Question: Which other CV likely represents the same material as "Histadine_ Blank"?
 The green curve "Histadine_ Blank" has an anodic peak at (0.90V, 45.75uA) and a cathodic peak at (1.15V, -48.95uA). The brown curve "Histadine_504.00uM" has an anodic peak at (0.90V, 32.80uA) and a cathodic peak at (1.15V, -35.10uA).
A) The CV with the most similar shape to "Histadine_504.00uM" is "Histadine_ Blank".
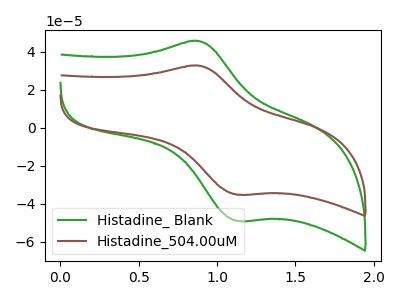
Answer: <think>All the peaks in "Histadine_ Blank" have a peak in "Histadine_504.00uM" at the same potential. Every peak in "Histadine_ Blank" is higher than every peak in "Histadine_504.00uM".
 </think>
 <answer>A) The CV with the most similar shape to "Histadine_504.00uM" is "Histadine_ Blank".</answer>
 <eval>A</eval>